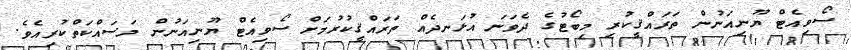
ސޯވިއެޓް ޔޫނިއަނުން ތަރައްޤީކުރި މިބޯޓުގެ ދެވަނަ އުޅަނދެއް ތަރައްޤީކުރުމަށް ސޯވިއެޓް ޔޫނިއަނުން މަސައްކަތްކުރިއެވެ.